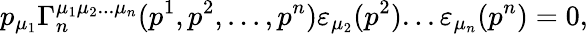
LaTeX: p_{\mu_{1}}\Gamma_{n}^{\mu_{1}\mu_{2}...\mu_{n}}(p^{1},p^{2},...,p^{n})\varepsilon_{\mu_{2}}(p^{2})...\varepsilon_{\mu_{n}}(p^{n})=0,